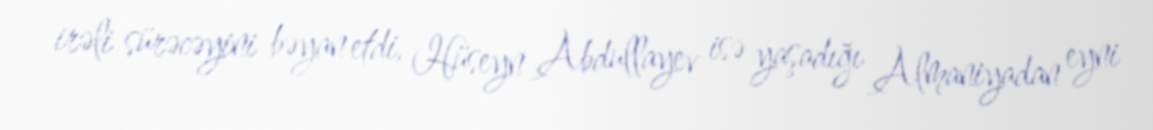
irəli sürəcəyini bəyan etdi, Hüseyn Abdullayev isə yaşadığı Almaniyadan eyni